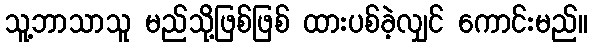
သူ့ဘာသာသူ မည်သို့ဖြစ်ဖြစ် ထားပစ်ခဲ့လျှင် ကောင်းမည်။